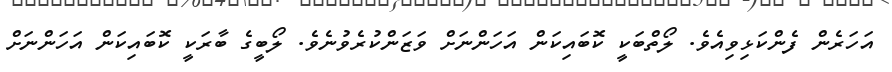
އަހަރެން ފެންކަޅިވިއެވެ. ލޯތްބަކީ ކޮބައިކަން އަހަންނަށް ވަޒަންކުރެވުނެވެ. ލޯބީގެ ބާރަކީ ކޮބައިކަން އަހަންނަށް